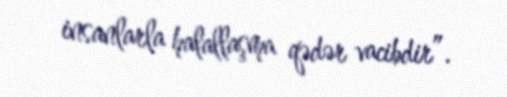
insanlarla halallaşma qədər vacibdir”.